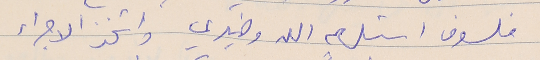
فلسوف استلهم الله وضميري واتخذ الاجراء